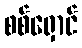
စစ်ရှောင်